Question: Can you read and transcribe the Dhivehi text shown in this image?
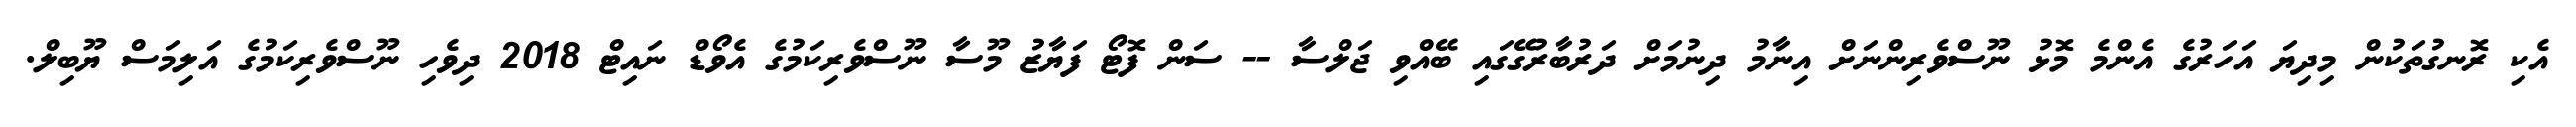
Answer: އެކި ރޮނގުތަކުން މިދިޔަ އަހަރުގެ އެންމެ މޮޅު ނޫސްވެރިންނަށް އިނާމު ދިނުމަށް ދަރުބާރުގޭގައި ބޭއްވި ޖަލްސާ -- ސަން ފޮޓޯ ފަޔާޒު މޫސާ ނޫސްވެރިކަމުގެ އެވޯޑް ނައިޓް 2018 ދިވެހި ނޫސްވެރިކަމުގެ އަލިމަސް ޔޫބިލް.